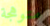
متوهجة